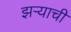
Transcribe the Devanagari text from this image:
झऱ्याची